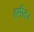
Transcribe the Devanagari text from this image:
हमीद।